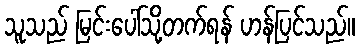
သူသည် မြင်းပေါ်သို့တက်ရန် ဟန်ပြင်သည်။